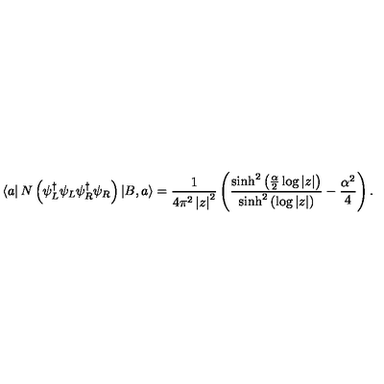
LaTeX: \left\langle a \right| N \left( \psi _ { L } ^ { \dagger } \psi _ { L } \psi _ { R } ^ { \dagger } \psi _ { R } \right) \left| B , a \right\rangle = \frac { 1 } { 4 \pi ^ { 2 } \left| z \right| ^ { 2 } } \left( \frac { \sinh ^ { 2 } \left( \frac { \alpha } { 2 } \log \left| z \right| \right) } { \sinh ^ { 2 } \left( \log \left| z \right| \right) } - \frac { \alpha ^ { 2 } } { 4 } \right) .